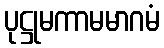
ပုဋ္ဌုမကာမမာဂမံ